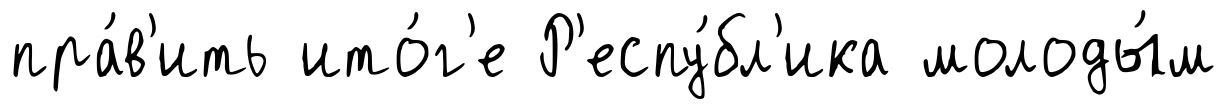
пра́в'ить ито́г'е Р'еспу́бл'ика молоды́м